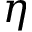
\eta